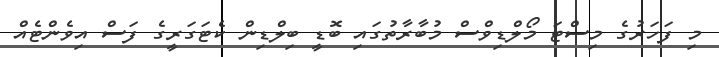
މި ފަހަރުގެ މިސްޓަ މޯލްޑިވްސް މުބާރާތުގައި ބޮޑީ ބިލްޑިން ކެޓަގަރީގެ ފަސް އިވެންޓެއް